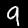
Digit: 9